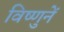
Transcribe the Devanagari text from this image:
विष्णुनें